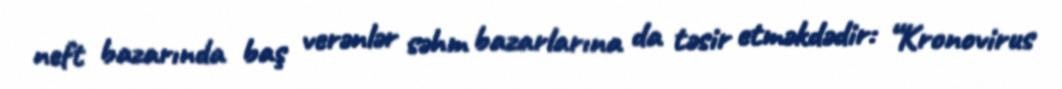
neft bazarında baş verənlər səhm bazarlarına da təsir etməkdədir: “Kronovirus